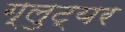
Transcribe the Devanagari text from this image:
ग्लुट्यर